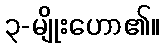
၃-မျိုးဟော၏။